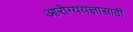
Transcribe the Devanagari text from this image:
आरोग्ययज्ञासाठी